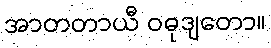
အာတတာယီ ဝဓုဒျတော။